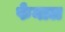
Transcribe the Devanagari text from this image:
फेनाल